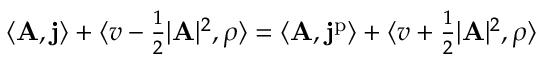
\begin{array} { r } { \langle \mathbf { A } , \mathbf { j } \rangle + \langle v - \frac 1 2 \vert \mathbf { A } \vert ^ { 2 } , \rho \rangle = \langle \mathbf { A } , \mathbf { j } ^ { \mathrm { p } } \rangle + \langle v + \frac 1 2 \vert \mathbf { A } \vert ^ { 2 } , \rho \rangle } \end{array}